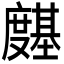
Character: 𭐊